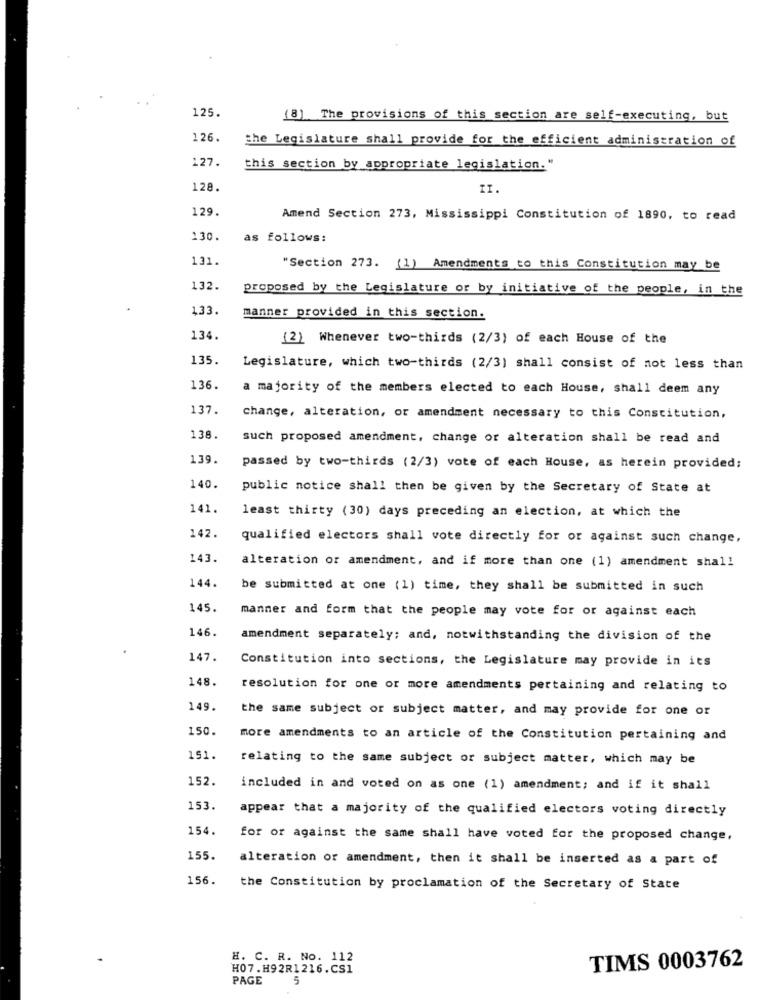
125.
(8) The provisions of this section are self-executing, but
126.
the Legislature shall provide for the efficient administration of
127.
this section by appropriate legislation."
128.
II
129.
Amend Section 273, Mississippi Constitution of 1890, to read
130.
as follows:
131.
"Section 273. (1) Amendments to this Constitution may be
132.
proposed by the Legislature or by initiative of the people, in the
133.
manner provided in this section.
134.
(2) Whenever two-thirds (2/3) of each House of the
135.
Legislature, which two-thirds (2/3) shall consist of not less than
136.
a majority of the members elected to each House, shall deem any
137.
change, alteration, or amendment necessary to this Constitution,
138.
such proposed amendment, change or alteration shall be read and
139.
passed by two-thirds (2/3) vote of each House, as herein provided;
140.
public notice shall then be given by the Secretary of State at
141.
least thirty (30) days preceding an election, at which the
142.
qualified electors shall vote directly for or against such change,
143.
alteration or amendment, and if more than one (1) amendment shall
144.
be submitted at one (1) time, they shall be submitted in such
145.
manner and form that the people may vote for or against each
146.
amendment separately; and, notwithstanding the division of the
147.
Constitution into sections, the Legislature may provide in its
148.
resolution for one or more amendments pertaining and relating to
149.
the same subject or subject matter, and may provide for one or
150.
more amendments to an article of the Constitution pertaining and
151.
relating to the same subject or subject matter, which may be
152.
included in and voted on as one (1) amendment; and if it shall
153.
appear that a majority of the qualified electors voting directly
154.
for or against the same shall have voted for the proposed change,
155.
alteration or amendment, then it shall be inserted as a part of
156.
the Constitution by proclamation of the Secretary of State
H. C. R. No. 112
TIMS 0003762
H07.H92R1216.CS1
PAGE
5